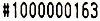
#1000000163